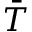
\bar { T }